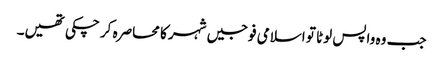
جب وہ واپس لوٹا تو اسلامی فوجیں شہر کا محاصرہ کر چکی تھیں۔